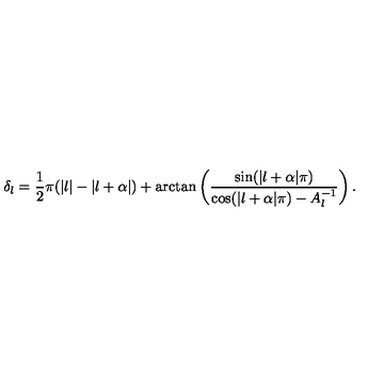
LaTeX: \delta _ { l } = \frac { 1 } { 2 } \pi ( | l | - | l + \alpha | ) + \arctan \left( \frac { \sin ( | l + \alpha | \pi ) } { \cos ( | l + \alpha | \pi ) - A _ { l } ^ { - 1 } } \right) .